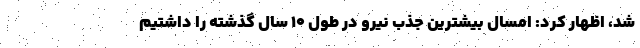
شد، اظهار کرد: امسال بیشترین جذب نیرو در طول ۱۰ سال گذشته را داشتیم